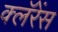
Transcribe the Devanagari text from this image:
क्लॅरेंस